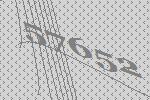
57652